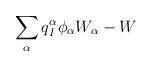
LaTeX: \begin{align*}\sum_\alpha q^\alpha_I\phi_\alpha W_\alpha - W\end{align*}